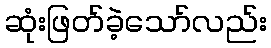
ဆုံးဖြတ်ခဲ့သော်လည်း